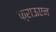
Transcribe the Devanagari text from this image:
फ्राऊएन